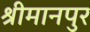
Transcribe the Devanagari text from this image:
श्रीमानपुर